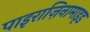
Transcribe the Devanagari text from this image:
पाइराज़िनामाइड